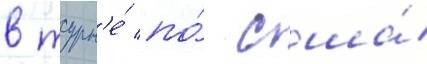
в турн'е́ по́ сша́